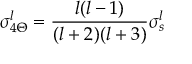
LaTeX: \sigma _ { 4 \Theta } ^ { l } = { \frac { l ( l - 1 ) } { ( l + 2 ) ( l + 3 ) } } \sigma _ { s } ^ { l }